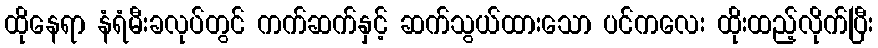
ထိုနေရာ နံရံမီးခလုပ်တွင် ကက်ဆက်နှင့် ဆက်သွယ်ထားသော ပင်ကလေး ထိုးထည့်လိုက်ပြီး